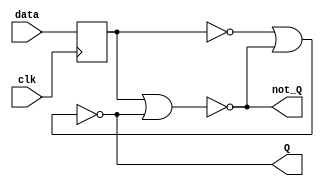
// ----D FLIP FLOP MODULE--------------------------------------
// Storage of a one bit of data
// Input clk -  Clock input
// Input data -  Data bit recieved
// Output Q - Sotred output
// Output not_Q - Inverted stored output

// Written by Asanka Sovis (08/09/2022)
// Based on the 8-bit Computer series by Ben Eater
// ------------------------------------------------------------

module d_flip_flop (clk, data, Q, not_Q);

    input clk, data;
    output Q, not_Q;

    wire feedback1, feedback2;
    reg a;

    assign feedback1 = ~((~(a)) || feedback2);
    assign feedback2 = ~((a) || feedback1);

    always @(posedge clk) 
    begin
        a <= data;
    end 

    assign Q = feedback1;
    assign not_Q = feedback2;

endmodule